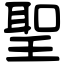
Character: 聖